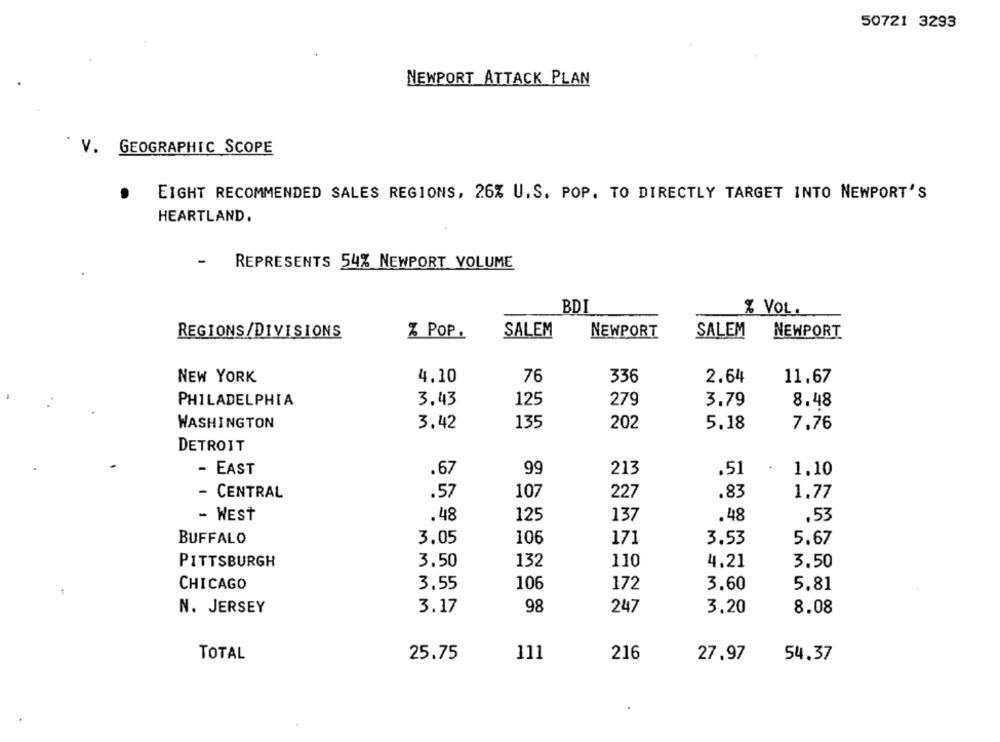
50721 3293
NEWPORT ATTACK PLAN
V. GEOGRAPHIC SCOPE
EIGHT RECOMMENDED SALES REGIONS, 26% U.S. POP. TO DIRECTLY TARGET INTO NEWPORT'S
HEARTLAND.
-
REPRESENTS 54% NEWPORT VOLUME
BDI
% VOL.
REGIONS/DIVISIONS
SALEM
NEWPORT
SALEM
NEWPORT
% POP.
NEW YORK
4.10
76
336
2.64
11,67
3.43
125
279
PHILADELPHIA
3.79
8.48
3.42
135
202
WASHINGTON
5.18
7,76
DETROIT
- EAST
.67
99
213
.51
1.10
CENTRAL
.57
107
227
.83
1.77
- WEST
. 48
125
137
.48
.53
BUFFALO
3.05
106
171
3.53
5.67
PITTSBURGH
3.50
132
110
4.21
3.50
CHICAGO
3.55
106
172
3.60
5.81
3.17
98
247
8.08
N. JERSEY
3.20
TOTAL
25.75
111
216
27.97
54.37